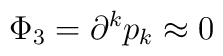
\Phi _3=\partial ^kp_k\approx 0